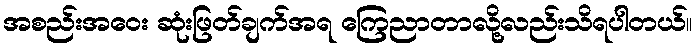
အစည်းအဝေး ဆုံးဖြတ်ချက်အရ ကြေညာတာလို့လည်းသိရပါတယ်။